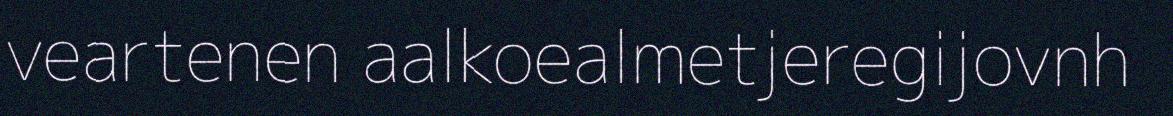
veartenen aalkoealmetjeregijovnh